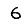
Digit: 6